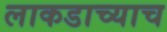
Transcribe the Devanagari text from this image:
लाकडाच्याच